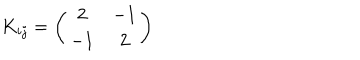
LaTeX: K _ { i j } = \left( \begin{array} { c c } { { 2 } } & { { - 1 } } \\ { { - 1 } } & { { 2 } } \\ \end{array} \right)